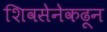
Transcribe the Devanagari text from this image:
शिवसेनेकढून